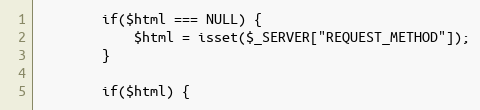
Language: PHP
        if($html === NULL) {
            $html = isset($_SERVER["REQUEST_METHOD"]);
        }

        if($html) {